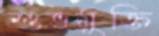
শুভমুক্তি